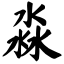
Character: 淼